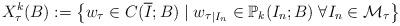
LaTeX: \begin{align*} X_\tau^k (B) := \left\{w_\tau \in C(\overline I;B) \mid w_\tau{}_{|I_n} \in \mathbb P_k(I_n;B)\; \forall I_n\in \mathcal M_\tau \right\}\end{align*}